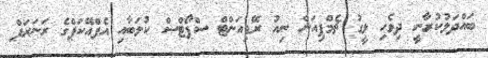
ބައްދަލުކުރާނީ ދިވެހި ލީގު ޗެމްޕިއަން ނިއު ރޭޑިއަންޓް ސްޕޯޓްސް ކުލަބާއި އެފްއޭކަޕްގެ ރަނަރަޕް